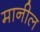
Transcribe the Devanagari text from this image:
मानील